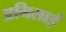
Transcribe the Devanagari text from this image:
अमिसाई